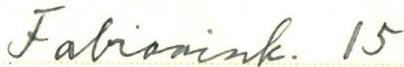
Fabianink. 15